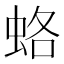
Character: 蛒